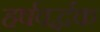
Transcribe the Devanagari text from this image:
हर्षवर्द्धक